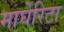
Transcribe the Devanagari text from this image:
मार्घेरिटा